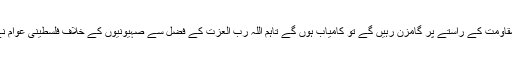
آپ نے فرمایا کہ مسئلہ فلسطین میں مقاومت ایک واضح پہلو ہے اور اگر فلسطینی قوم مقاومت کے راستے پر گامزن رہیں گے تو کامیاب ہوں گے تاہم اللہ رب العزت کے فضل سے صہیونیوں کے خلاف فلسطینی عوام نے اب تک مقاومت کی ہے اور انہوں نے کامیابی سے اس عمل کو جاری رکھا ہوا ہے۔